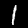
Label: 1